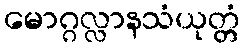
မောဂ္ဂလ္လာနသံယုတ္တံ